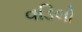
વડિલો